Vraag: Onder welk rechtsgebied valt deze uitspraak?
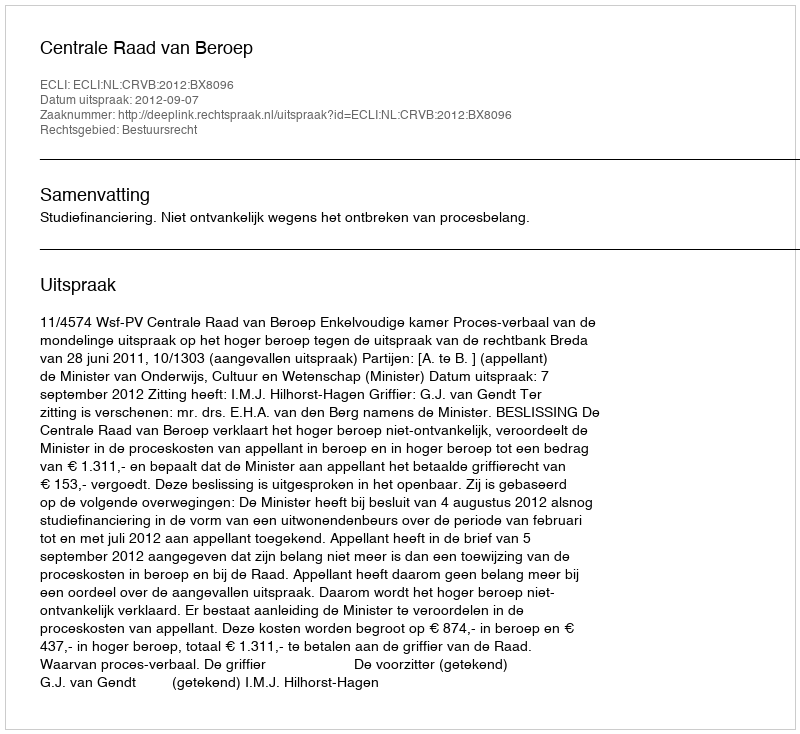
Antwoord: Bestuursrecht